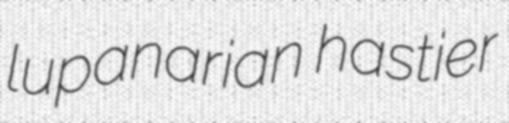
lupanarian hastier